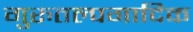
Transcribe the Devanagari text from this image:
गुरुतल्पगादिक